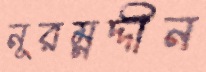
নূরম্নদ্দীন